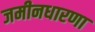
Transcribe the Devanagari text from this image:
जमीनधारणा